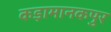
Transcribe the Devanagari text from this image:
कड़ामानकपुर